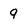
Character: 9